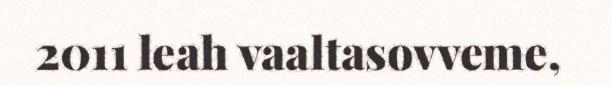
2011 leah vaaltasovveme,